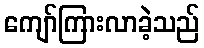
ကျော်ကြားလာခဲ့သည်